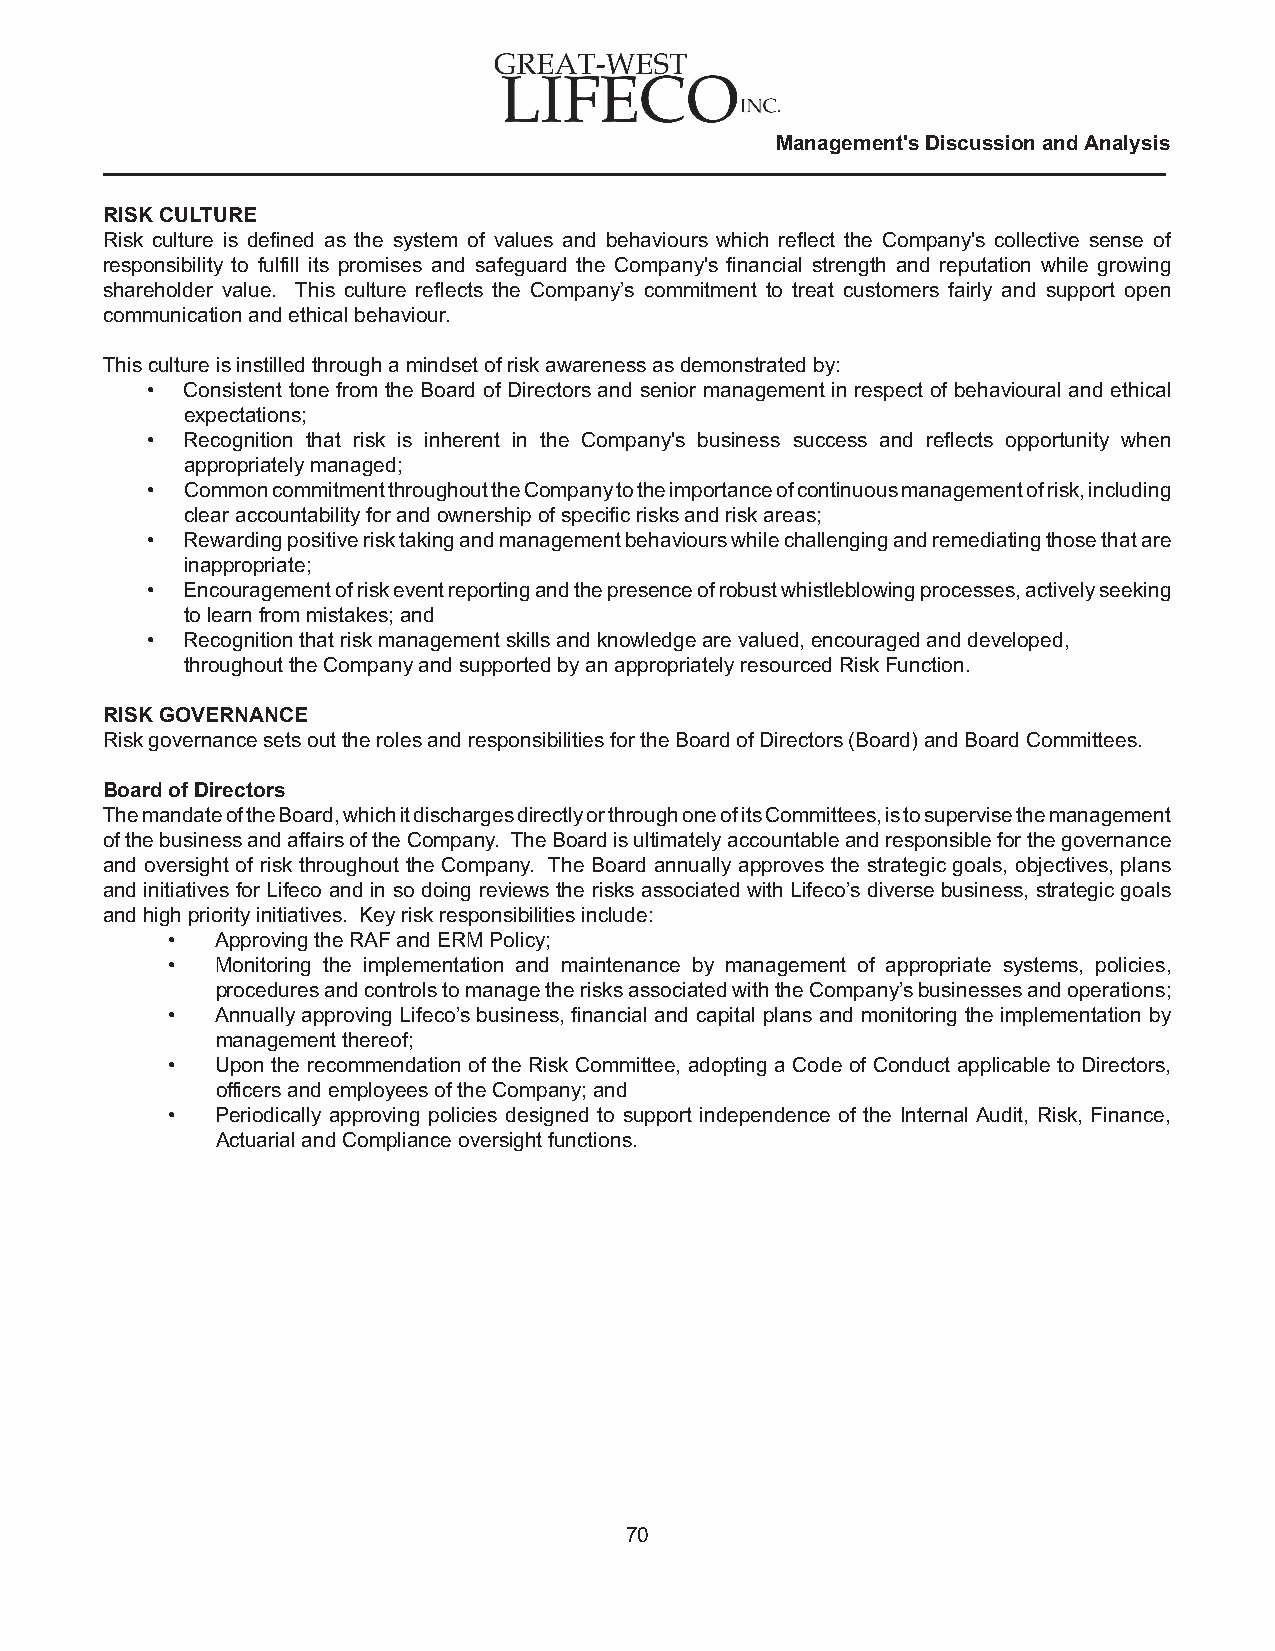
Management's Discussion and Analysis
 RISK CULTURE
 Risk culture is defined as the system of values and behaviours which reflect the Company's collective sense of
 responsibility to fulfill its promises and safeguard the Company's financial strength and reputation while growing
 shareholder value. This culture reflects the Company’s commitment to treat customers fairly and support open
 communication and ethical behaviour.
 This culture is instilled through a mindset of risk awareness as demonstrated by:
 • Consistent tone from the Board of Directors and senior management in respect of behavioural and ethical
 expectations;
 • Recognition that risk is inherent in the Company's business success and reflects opportunity when
 appropriately managed;
 • Common commitment throughout the Company to the importance of continuous management of risk, including
 clear accountability for and ownership of specific risks and risk areas;
 • Rewarding positive risk taking and management behaviours while challenging and remediating those that are
 inappropriate;
 • Encouragement of risk event reporting and the presence of robust whistleblowing processes, actively seeking
 to learn from mistakes; and
 • Recognition that risk management skills and knowledge are valued, encouraged and developed,
 throughout the Company and supported by an appropriately resourced Risk Function.
 RISK GOVERNANCE
 Risk governance sets out the roles and responsibilities for the Board of Directors (Board) and Board Committees.
 Board of Directors
 The mandate of the Board, which it discharges directly or through one of its Committees, is to supervise the management
 of the business and affairs of the Company. The Board is ultimately accountable and responsible for the governance
 and oversight of risk throughout the Company. The Board annually approves the strategic goals, objectives, plans
 and initiatives for Lifeco and in so doing reviews the risks associated with Lifeco’s diverse business, strategic goals
 and high priority initiatives. Key risk responsibilities include:
 •  Approving the RAF and ERM Policy;
 •  Monitoring the implementation and maintenance by management of appropriate systems, policies,
 procedures and controls to manage the risks associated with the Company’s businesses and operations;
 •  Annually approving Lifeco’s business, financial and capital plans and monitoring the implementation by
 management thereof;
 •  Upon the recommendation of the Risk Committee, adopting a Code of Conduct applicable to Directors,
 officers and employees of the Company; and
 •  Periodically approving policies designed to support independence of the Internal Audit, Risk, Finance,
 Actuarial and Compliance oversight functions.
 70